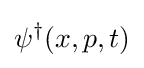
\psi ^{\dagger }(x,p,t)